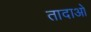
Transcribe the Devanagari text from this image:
तादाओ